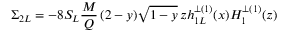
\Sigma _ { 2 L } = - 8 S _ { L } { \frac { M } { Q } } \, ( 2 - y ) \sqrt { 1 - y } \, z h _ { 1 L } ^ { \perp ( 1 ) } ( x ) H _ { 1 } ^ { \perp ( 1 ) } ( z )